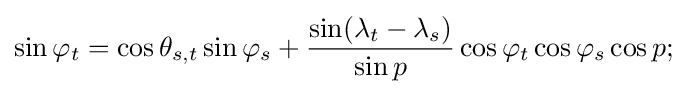
\sin \varphi _{t}=\cos \theta _{s,t}\sin \varphi _{s}+{\frac {\sin(\lambda _{t}-\lambda _{s})}{\sin p}}\cos \varphi _{t}\cos \varphi _{s}\cos p;